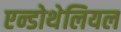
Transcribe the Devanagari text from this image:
एन्डोथेलियल